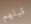
قبلهم